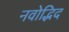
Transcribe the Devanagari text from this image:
नवोद्भिद